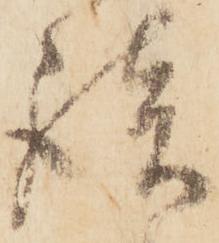
談